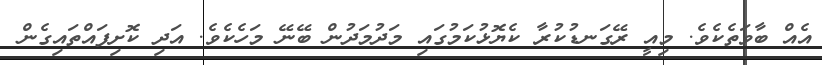
އެއް ބާވަތެކެވެ. މިއީ ރޭގަނޑުކުރާ ކެޔޮޅުކަމުގައި މަދުމަދުން ބޭނޭ މަހެކެވެ. އަދި ކޮށިފައްތައިގެން